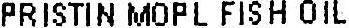
PRISTIN MOPL FISH OIL